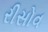
રીસોવ